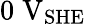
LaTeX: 0\; \mathrm{V}_{\mathrm{SHE}}